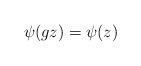
LaTeX: \begin{align*}\psi(g z) = \psi(z)\end{align*}